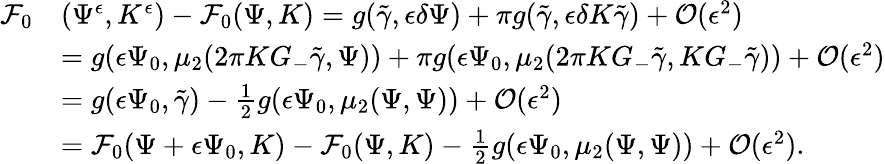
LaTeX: \begin{array}{rl}{\mathcal{F}_{0}}&{(\Psi^{\epsilon},K^{\epsilon})-\mathcal{F}_{0}(\Psi,K)=g(\tilde{\gamma},{\epsilon}\delta\Psi)+\pi g(\tilde{\gamma},{\epsilon}\delta K\tilde{\gamma})+\mathcal{O}({\epsilon}^{2})}\\ &{=g({\epsilon}\Psi_{0},\mu_{2}(2\pi KG_{-}\tilde{\gamma},\Psi))+\pi g({\epsilon}\Psi_{0},\mu_{2}(2\pi KG_{-}\tilde{\gamma},KG_{-}\tilde{\gamma}))+\mathcal{O}({\epsilon}^{2})}\\ &{=g({\epsilon}\Psi_{0},\tilde{{\gamma}})-\frac 12g({\epsilon}\Psi_{0},\mu_{2}(\Psi,\Psi))+\mathcal{O}({\epsilon}^{2})}\\ &{=\mathcal{F}_{0}(\Psi+{\epsilon}\Psi_{0},K)-\mathcal{F}_{0}(\Psi,K)-\frac 12g({\epsilon}\Psi_{0},\mu_{2}(\Psi,\Psi))+\mathcal{O}({\epsilon}^{2}).}\end{array}